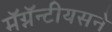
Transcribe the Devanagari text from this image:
मॅग्नॅन्टीयसने